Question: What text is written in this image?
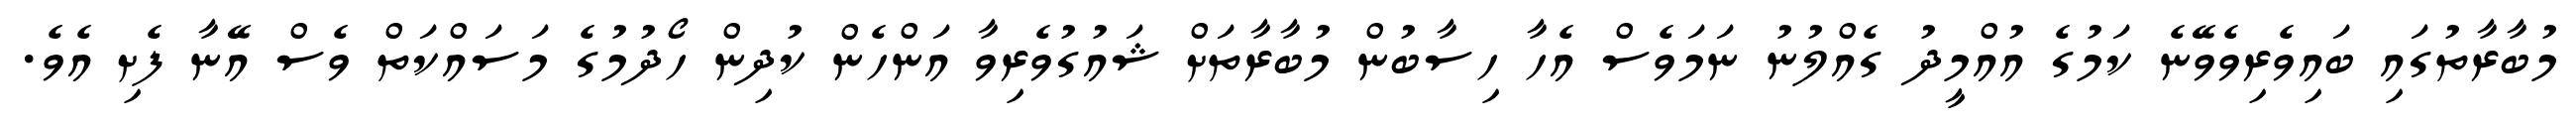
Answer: މުބާރާތުގައި ބައިވެރިވެވޭނެ ކަމުގެ އުއްމީދު ގެއްލުނު ނަމަވެސް އެހާ ހިސާބުން މުބާރާތަށް ޝައުގުވެރިވާ އަންހެން ކުދިން ހޯދުމުގެ މަސައްކަތް ވެސް އޭނާ ފެށި އެވެ.